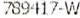
789417-W